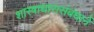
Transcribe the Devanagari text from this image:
शास्त्राधारासंबंधानें